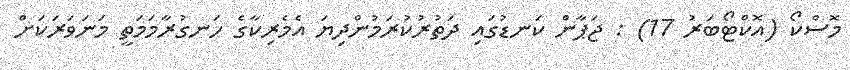
މޮސްކޯ (އޮކްޓޯބަރު 17) : ޖަޕާން ކަނޑުގައި ދަތުރުކުރަމުންދިޔަ އެމެރިކާގެ ހަނގުރާމަމަތީ މަނަވަރަކަށް